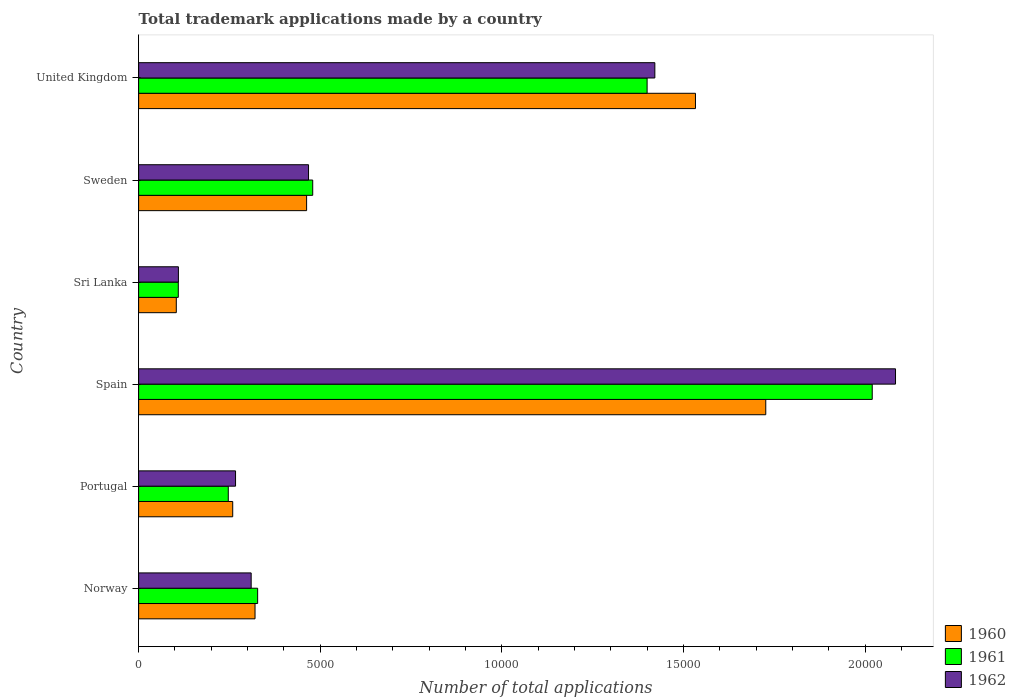
| Country | 1960 | 1961 | 1962 |
 | --- | --- | --- | --- |
 | Norway | 3.2e+03 | 3.28e+03 | 3.1e+03 |
 | Portugal | 2.59e+03 | 2.47e+03 | 2.67e+03 |
 | Spain | 1.73e+04 | 2.02e+04 | 2.08e+04 |
 | Sri Lanka | 1.04e+03 | 1.09e+03 | 1.1e+03 |
 | Sweden | 4.62e+03 | 4.79e+03 | 4.68e+03 |
 | United Kingdom | 1.53e+04 | 1.4e+04 | 1.42e+04 |